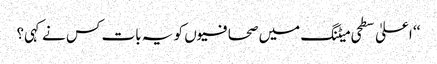
‘‘ اعلیٰ سطحی میٹنگ میں صحافیوں کو یہ بات کس نے کہی؟